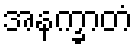
အနက္ခာတံ